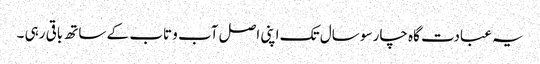
یہ عبادت گاہ چار سو سال تک اپنی اصل آب و تاب کے ساتھ باقی رہی ۔